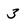
Character: 3